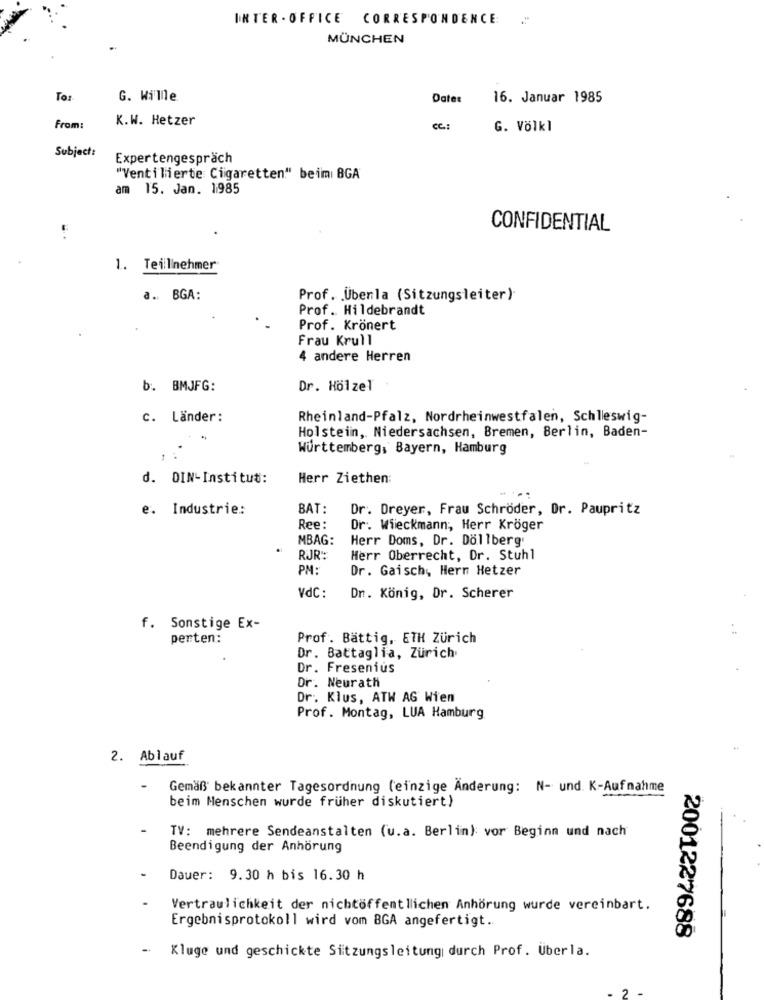
INTER - OFFICE CORRESPONDENCE .
MÜNCHEN
To:
G. Wi'llle
Dates
16. Januar 1985
K.W. Hetzer
From:
CC:
G. Völkl
Subject:
Expertengespräch
"Venti'lierte Cigaretten" beim BGA
am 15. Jan. 1985
CONFIDENTIAL
1. Teilnehmer
a .. BGA:
Prof. . Überla (Sitzungsleiter)
Prof . Hildebrandt
Prof. Krönert
Frau Krull
4 andere Herren
b. BMJFG:
Dr. Hölzel
c. Länder:
Rheinland-pfalz, Nordrheinwestfalen, Schleswig-
Holstein, Niedersachsen, Bremen, Berlin, Baden-
Württemberg, Bayern, Hamburg
d. DIN-Institut:
Herr Ziethen:
e. Industrie:
BAT:
Dr. Dreyer, Frau Schröder, Dr. Paupritz
Ree:
Dr. Wieckmann, Herr Kröger
MBAG:
Herr Doms, Dr. Dollberg
RJR:
Herr Oberrecht, Dr. Stuhl
PM:
Dr. Gaisch, Hern Hetzer
Vdc :
Dr. König, Dr. Scherer
f. Sonstige Ex-
perten:
Prof. Bättig, ETH Zürich
Dr. Battaglia, Zürich
Dr. Fresenius
Dr. Neurath
Dr. Klus, ATW AG Wien
Prof. Montag, LUA Hamburg
2. Ablauf
Gemäß bekannter Tagesordnung (einzige Änderung: N- und. K-Aufnahme
beim Menschen wurde früher diskutiert)
TV: mehrere Sendeanstalten (u.a. Berlin) vor Beginn und nach
Beendigung der Anhörung
Dauer: 9.30 h bis 16.30 h
Vertraulichkeit der nichtöffentlichen Anhörung wurde vereinbart.
Ergebnisprotokoll wird vom 8GA angefertigt ..
2001227688
Kluge und geschickte Sitzungsleitung durch Prof. Uberla.